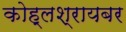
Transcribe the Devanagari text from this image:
कोह्लश्रायबर